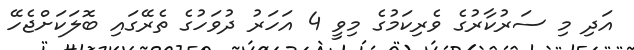
އަދި މި ސަރުކާރުގެ ވެރިކަމުގެ މިވީ 4 އަހަރު ދުވަހުގެ ތެރޭގައި ބޮލަކަށްޖެހޭ